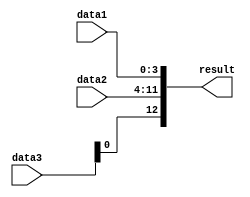
module concatenation_example (
    input [3:0] data1,
    input [7:0] data2,
    input [2:0] data3,
    output [12:0] result
);

assign result = {data3, data2, data1};

endmodule